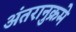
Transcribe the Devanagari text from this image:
अंतरानुक्रमे